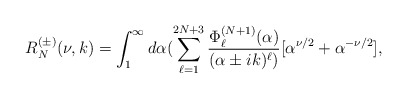
\begin{align*}R^{(\pm)}_N(\nu,k)=\int_{1}^{\infty}d\alpha(\sum_{\ell=1}^{2N+3}\frac{\Phi^{(N+1)}_{\ell}(\alpha)}{(\alpha\pm ik)^{\ell})}[\alpha^{\nu/2}+\alpha^{-\nu/2}],\end{align*}